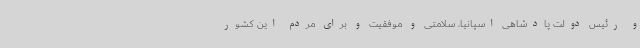
و رئیس دولت پادشاهی اسپانیا، سلامتی و موفقیت و برای مردم این کشور